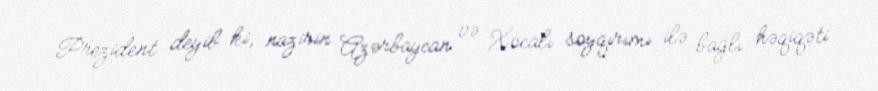
Prezident deyib ki, nazirin Azərbaycan və Xocalı soyqırımı ilə bağlı həqiqəti